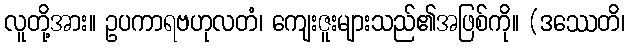
လူတို့အား။ ဥပကာရဗဟုလတံ၊ ကျေးဇူးများသည်၏အဖြစ်ကို။ (ဒဿေတိ၊